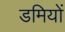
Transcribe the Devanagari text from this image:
डमियों